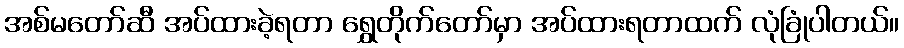
အစ်မတော်ဆီ အပ်ထားခဲ့ရတာ ရွှေတိုက်တော်မှာ အပ်ထားရတာထက် လုံခြုံပါတယ်။